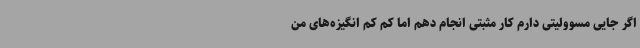
اگر جایی مسوولیتی دارم کار مثبتی انجام دهم اما کم کم انگیزه‌های من